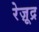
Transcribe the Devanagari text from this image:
रेज़ूद्र